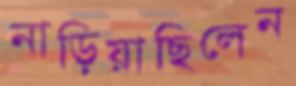
নাড়িয়াছিলেন